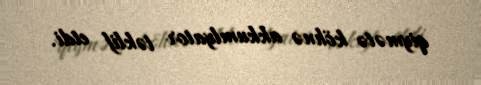
qiymətə köhnə akkumlyator təklif etdi.